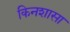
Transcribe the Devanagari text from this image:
किनशासा